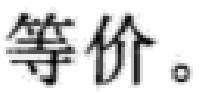
等价。